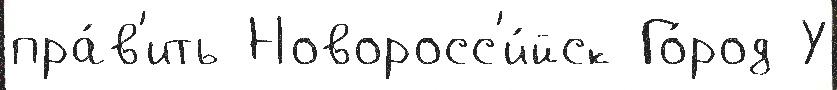
пра́в'ить Новоросс'и́йск Го́род У